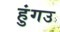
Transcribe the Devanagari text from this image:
हुंगउ